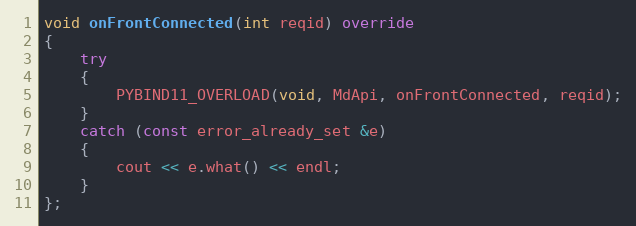
Language: C++
void onFrontConnected(int reqid) override
{
	try
	{
		PYBIND11_OVERLOAD(void, MdApi, onFrontConnected, reqid);
	}
	catch (const error_already_set &e)
	{
		cout << e.what() << endl;
	}
};